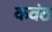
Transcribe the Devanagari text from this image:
कवंठ